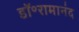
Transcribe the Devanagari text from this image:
डॉ॰रामानंद